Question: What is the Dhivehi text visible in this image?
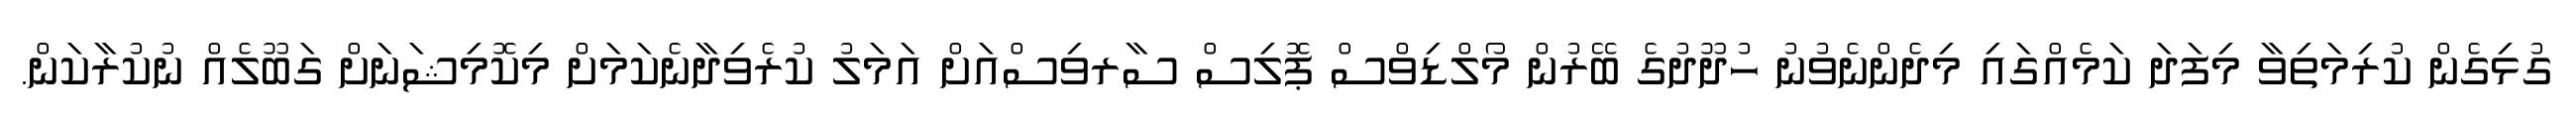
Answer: ގުޅިގެން ކުރިމަތިވާ މިފަދަ ކަމެއްގައި މިދެންނެވުނު ހުދޫދުގެ ބޭރުން މޯލްޑިވްސް ޕޮލިސް ސާރވިސްއަށް އަމަލު ކުރެވިދާނެކަމަށް މިކޮމިޝަނަށް ގަބޫލެއް ނުކުރާކަން.